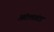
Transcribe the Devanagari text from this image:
अंटलांटा